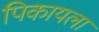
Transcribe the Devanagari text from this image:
पिकायला